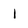
Character: 1